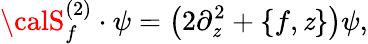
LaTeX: {\calS}_{f}^{(2)}\cdot\psi=\left(2\partial_{\mathit{z}}^{2}+\{ f,\mathit{z}\} \right)\psi,